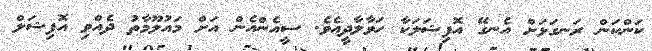
ކަންކަން ރަނގަޅަށް އެނގޭ އޮފިޝަލަކާ ހަވާލާދީއެވެ. ސީއެންއެން އަށް މައުލޫމާތު ދެއްވި އޮފިޝަލް